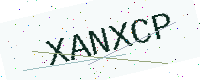
Text: XANXCP